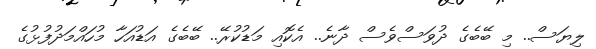
ލިޔަސް.. މި ބޭބެގެ ދުވަސްވެސް ދާނެ.. އެކޮއި މަޑުކުރޭ.. ބޭބެގެ އަޑުއަހާ މުހައްމަދުފުޅުގެ